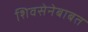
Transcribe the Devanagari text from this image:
शिवसेनेबाबत